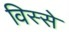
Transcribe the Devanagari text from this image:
विस्से